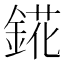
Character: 錵